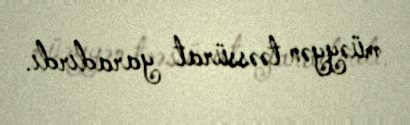
müəyyən təəssürat yaradırdı.